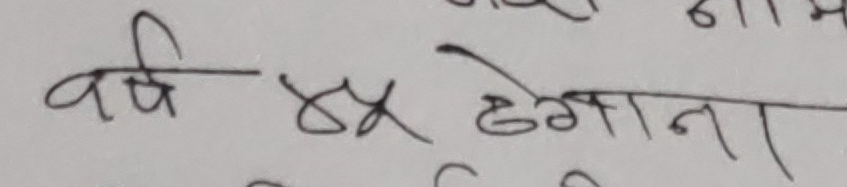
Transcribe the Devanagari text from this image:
वर्ष ४४ हेगाना